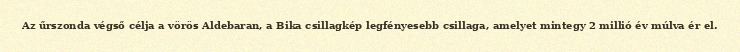
Az űrszonda végső célja a vörös Aldebaran, a Bika csillagkép legfényesebb csillaga, amelyet mintegy 2 millió év múlva ér el.